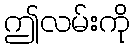
ဤလမ်းကို